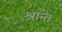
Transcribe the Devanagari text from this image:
श्रान्त